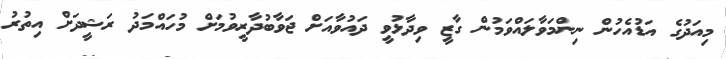
މިއަދުގެ އަޑުއެހުން ނިންމަވާލައްވަމުން ގާޒީ ވިދާޅުވީ ދައުވާއަށް ޖަވާބުދާރީވުމަށް މުހައްމަދު ރަޝީދަށް އިތުރު